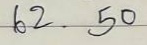
62 . 50